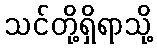
သင်တို့ရှိရာသို့